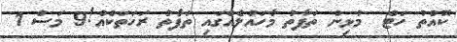
ކޮއްތު ހަޓް  މުޅިން ތަފާތު މާހައުލެއްގައި ތަފާތު ރަހަތަކެއް!9 މަސް 1